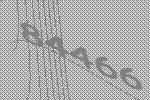
84466